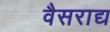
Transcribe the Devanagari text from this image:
वैसराद्य